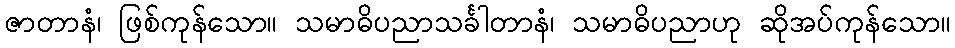
ဇာတာနံ၊ ဖြစ်ကုန်သော။ သမာဓိပညာသင်္ခါတာနံ၊ သမာဓိပညာဟု ဆိုအပ်ကုန်သော။